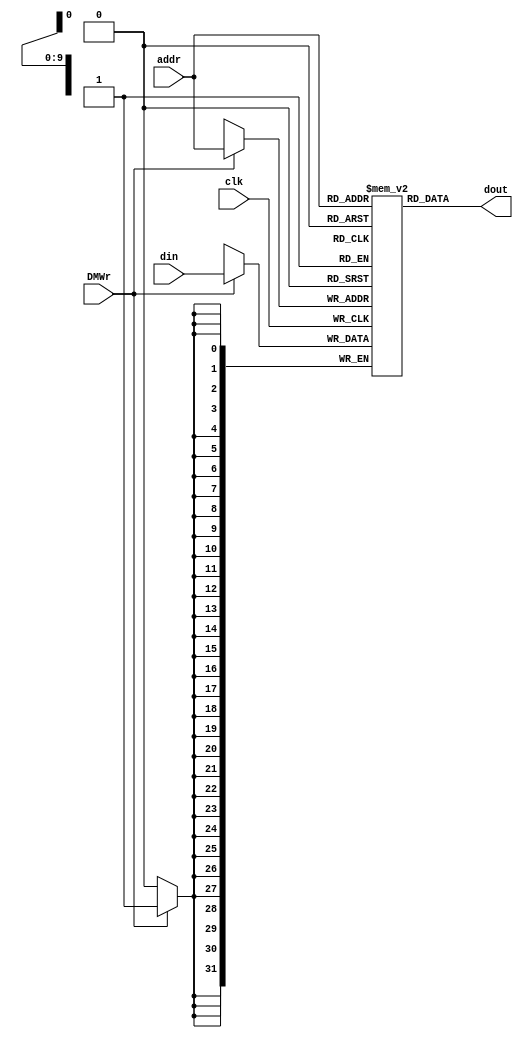
module dm_4k(addr, din, DMWr, clk, dout);

	input [9:0]	addr;
	input [31:0]	din;
	input			DMWr;
	input			clk;

	output [31:0]	dout;

	reg[31:0]		dmem[1023:0];

	always@(posedge clk) begin
		if(DMWr)
			dmem[addr]<=din;

		$display("dm_4k.addr=%8X",addr);//addrtoDM
		$display("dm_4k.din=%8X",din);//datatoDM
		$display("dm_4k.Mem[00-07]=%8X,%8X,%8X,%8X,%8X,%8X,%8X,%8X",dmem[0],dmem[1],dmem[2],dmem[3],dmem[4],dmem[5],dmem[6],dmem[7]);
	end//end always
	assign	dout=dmem[addr];

endmodule